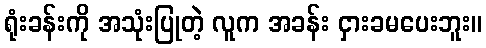
ရုံးခန်းကို အသုံးပြုတဲ့ လူက အခန်း ငှားခမပေးဘူး။